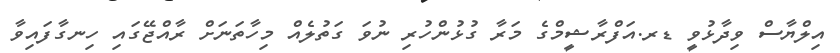
އިލްޔާސް ވިދާޅުވީ ޑރ.އަފްރާޝީމްގެ މަރާ ގުޅުންހުރި ނުވަ ގަތުލެއް މިހާތަނަށް ރާއްޖޭގައި ހިނގާފައިވާ